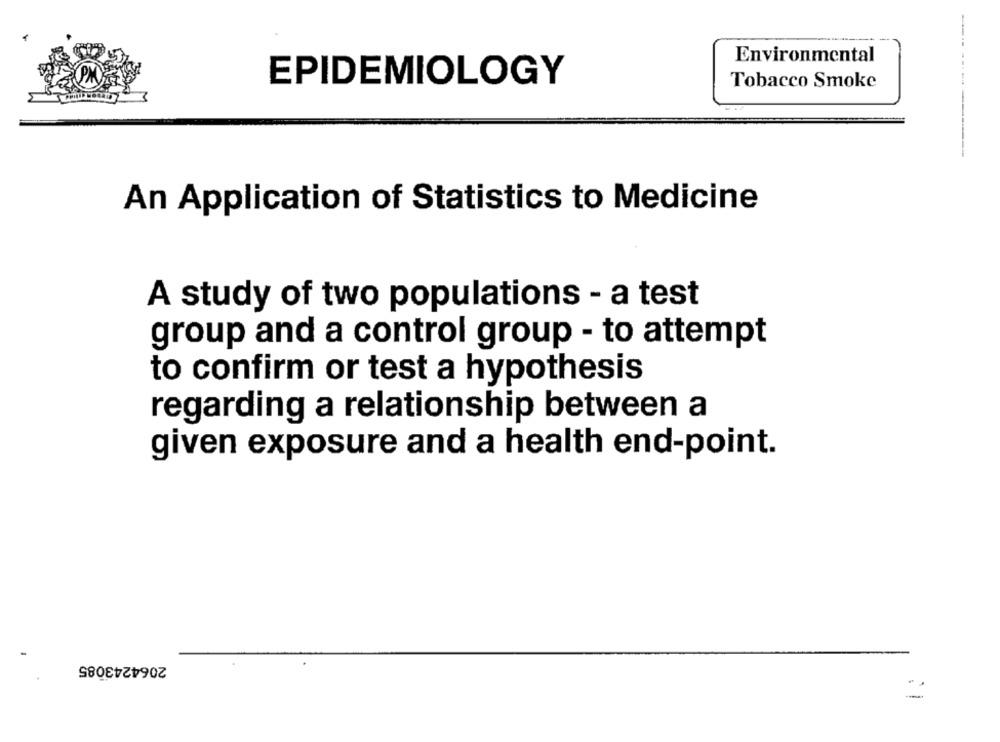
Environmental
EPIDEMIOLOGY
Tobacco Smoke
An Application of Statistics to Medicine
A study of two populations - a test
group and a control group - to attempt
to confirm or test a hypothesis
regarding a relationship between a
given exposure and a health end-point.
2064243085